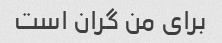
برای من گران است